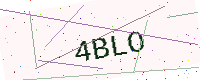
Text: 4BLO